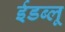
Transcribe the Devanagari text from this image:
ईडब्लू